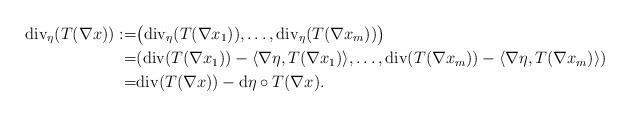
LaTeX: \begin{align*}\mathrm{div}_{\eta}(T(\nabla x)):=&\big(\mathrm{div}_{\eta}(T(\nabla x_1)),\ldots,\mathrm{div}_{\eta}(T(\nabla x_m))\big)\\=&(\mathrm{div}(T(\nabla x_1))-\langle \nabla\eta, T(\nabla x_1)\rangle,\ldots,\mathrm{div}(T(\nabla x_m))-\langle \nabla\eta,T(\nabla x_m)\rangle)\\=&\mathrm{div}(T(\nabla x))-\mathrm{d}\eta\circ T(\nabla x).\end{align*}